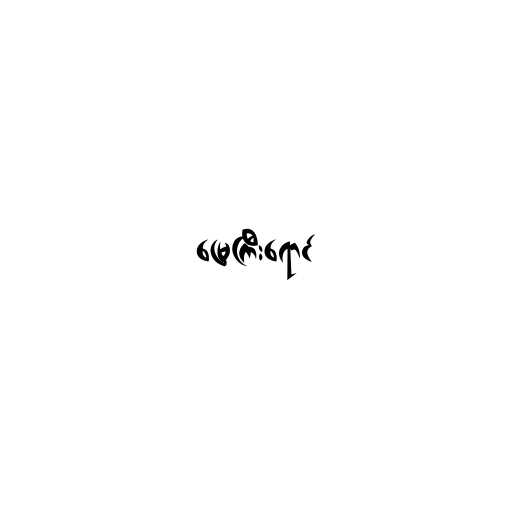
မြေကြီးရောင်